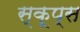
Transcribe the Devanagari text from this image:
स्कूप्स